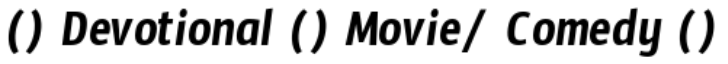
() Devotional () Movie/ Comedy ()